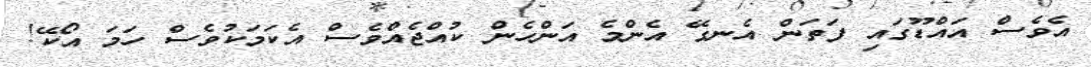
އެވެސް އައްޑޫގައި ފަތަން އެނގޭ އެންމެ އަންހެން ކުއްޖެއްވެސް އެކަމަކުވެސް ހަމަ އޯކޭ!